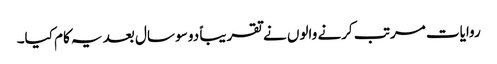
روایات مرتب کرنے والوں نے تقریباً دو سو سال بعد یہ کام کیا۔